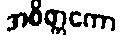
အစိတ္တကော